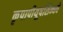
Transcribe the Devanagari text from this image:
कृपापीयूषसिन्धवे